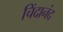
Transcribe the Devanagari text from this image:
चिंदानंद